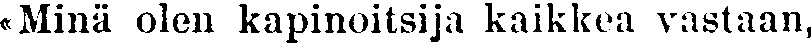
«Minä olen kapinoitsija kaikkea vastaan,